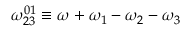
\omega _ { 2 3 } ^ { 0 1 } \equiv \omega + \omega _ { 1 } - \omega _ { 2 } - \omega _ { 3 }